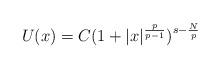
LaTeX: \begin{align*}U(x)=C(1+|x|^{\frac{p}{p-1}})^{s-\frac{N}{p}}\end{align*}